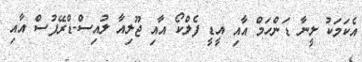
އެކަމަކު ލީނާ ޑަންހަމް އާއި އީޑީ ފެލްކޯ އާއި ޖޫލިއާ ލުއިސް-ޑްރޭފުސް އާއި